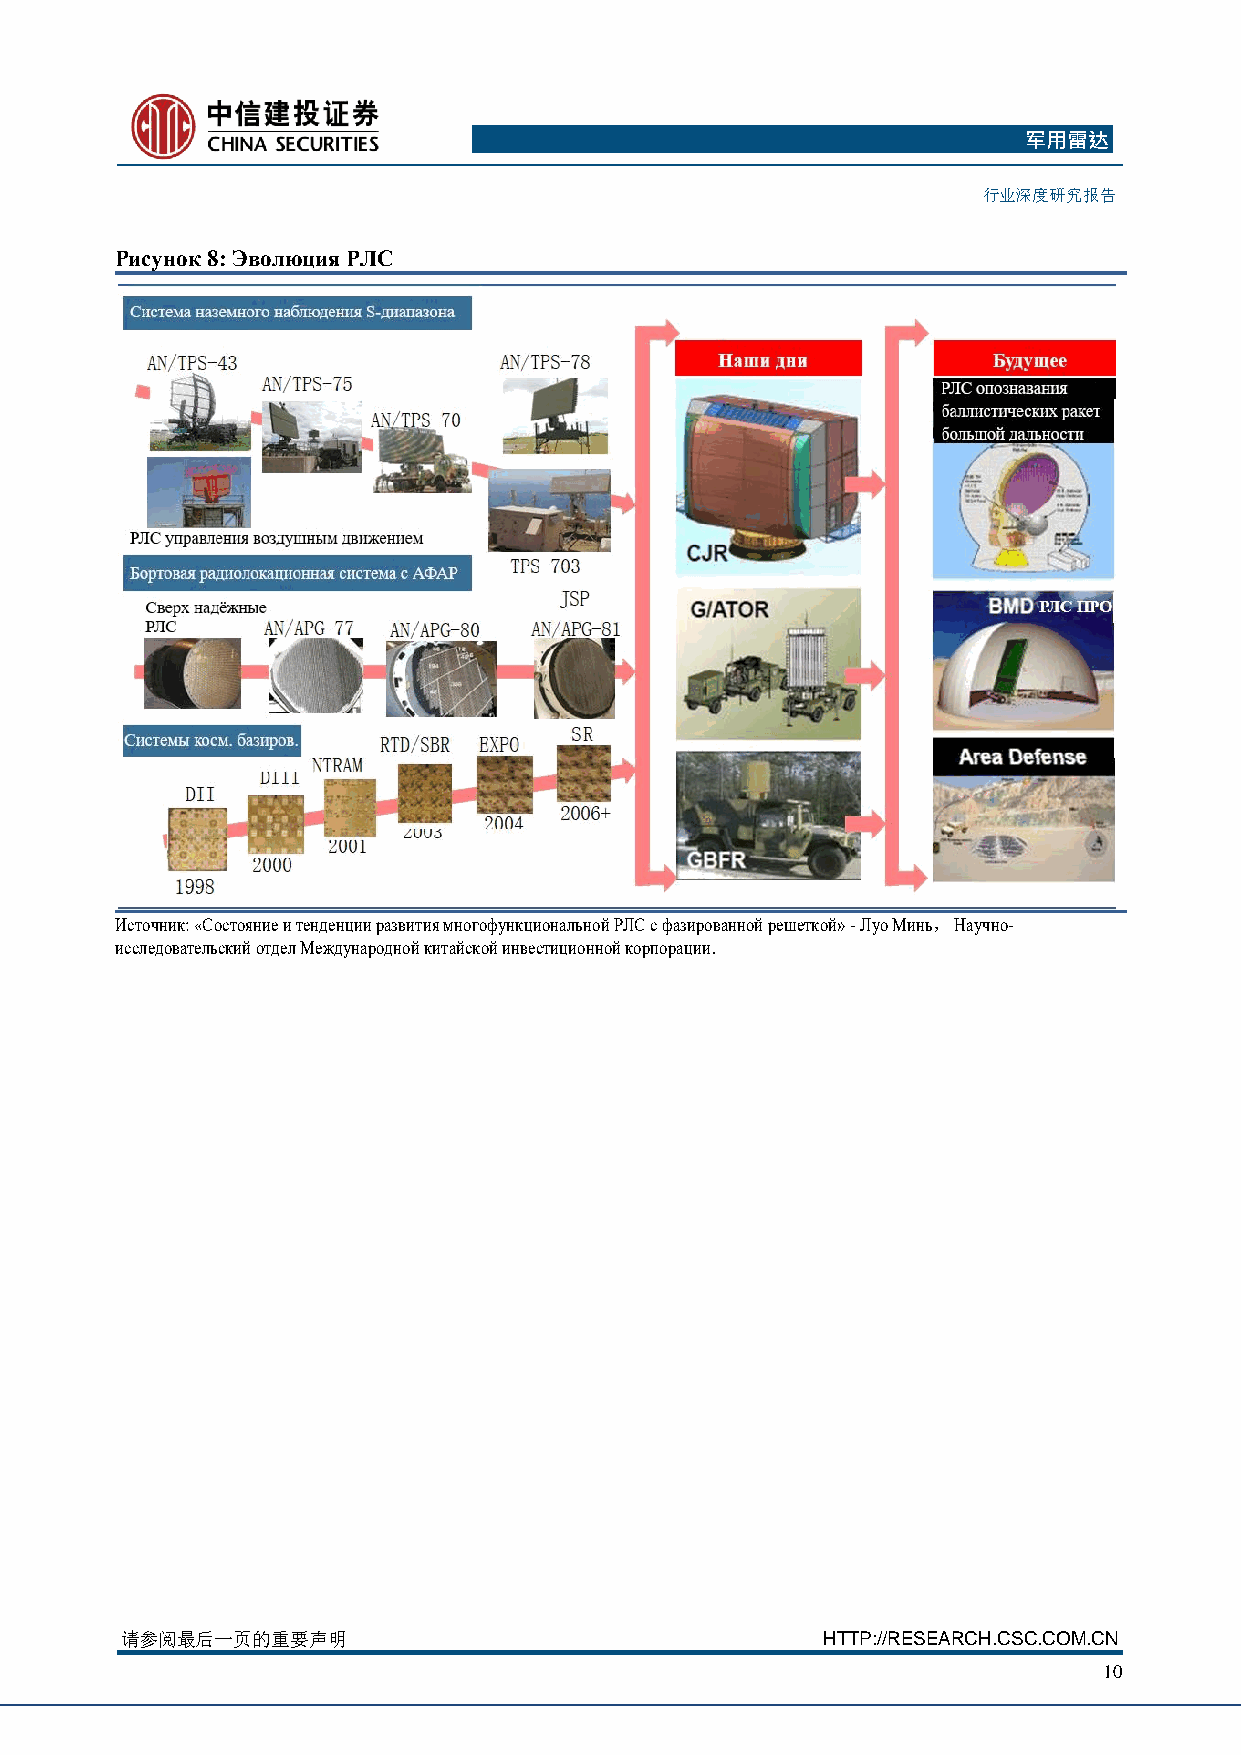
军用雷达
 行业深度研究报告
 Рисунок 8: Эволюция РЛС
 Источник: «Состояние и тенденции развития многофункциональной РЛС с фазированной решеткой» - Луо Минь， Научно-
 исследовательский отдел Международной китайской инвестиционной корпорации.
 请参阅最后一页的重要声明                                  HTTP://RESEARCH.CSC.COM.CN
 10